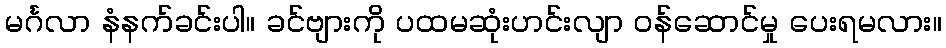
မင်္ဂလာ နံနက်ခင်းပါ။ ခင်ဗျားကို ပထမဆုံးဟင်းလျာ ဝန်ဆောင်မှု ပေးရမလား။